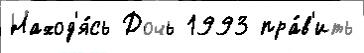
Наход'я́сь Дочь 1993 пра́в'ить